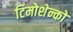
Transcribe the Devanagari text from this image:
टिमोशेन्को